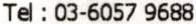
TEL : 03-6057 9688